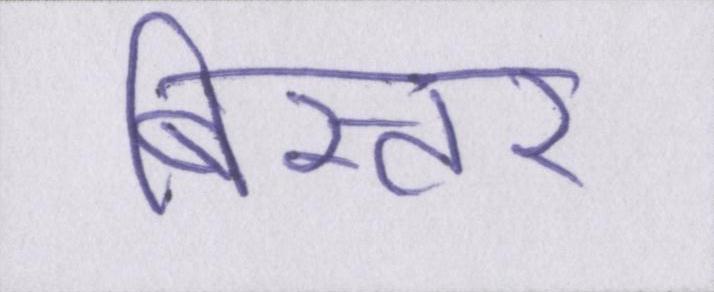
बिस्तर